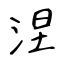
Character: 涅